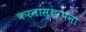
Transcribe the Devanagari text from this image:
करनास्थापना